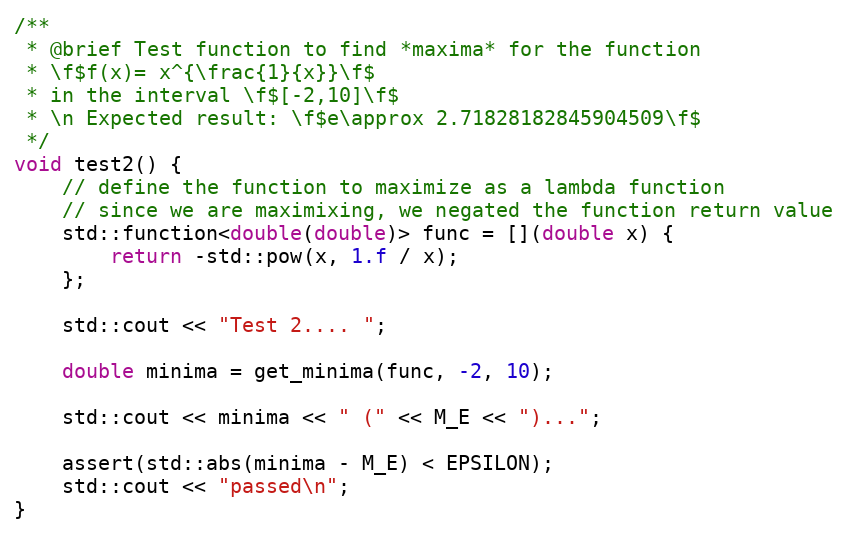
Language: C++
/**
 * @brief Test function to find *maxima* for the function
 * \f$f(x)= x^{\frac{1}{x}}\f$
 * in the interval \f$[-2,10]\f$
 * \n Expected result: \f$e\approx 2.71828182845904509\f$
 */
void test2() {
    // define the function to maximize as a lambda function
    // since we are maximixing, we negated the function return value
    std::function<double(double)> func = [](double x) {
        return -std::pow(x, 1.f / x);
    };

    std::cout << "Test 2.... ";

    double minima = get_minima(func, -2, 10);

    std::cout << minima << " (" << M_E << ")...";

    assert(std::abs(minima - M_E) < EPSILON);
    std::cout << "passed\n";
}